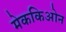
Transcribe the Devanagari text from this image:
मेककिओन